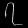
Digit: ၇